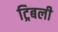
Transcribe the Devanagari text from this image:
ट्रिबली